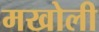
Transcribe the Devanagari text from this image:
मखोली